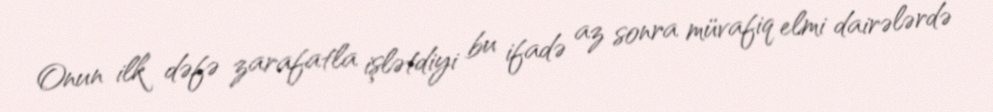
Onun ilk dəfə zarafatla işlətdiyi bu ifadə az sonra müvafiq elmi dairələrdə